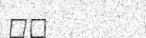
٢٩